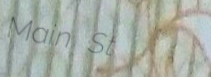
Main St